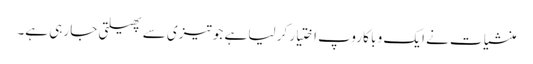
منشیات نے ایک و با کا روپ اختیار کر لیا ہے جو تیزی سے پھیلتی جا رہی ہے۔